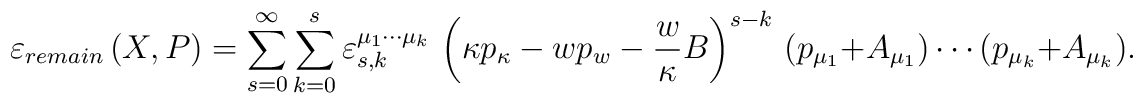
\varepsilon _{remain}\left( X,P\right) =\sum_{s=0}^{\infty }\sum_{k=0}^{s}\varepsilon _{s,k}^{\mu _{1}\cdots \mu _{k}}\,\left( \kappa p_{\kappa}-wp_{w}-\frac{w}{\kappa}B\right) ^{s-k}\,(p_{\mu _{1}}+A_{\mu _{1}})\cdots(p_{\mu _{k}}+A_{\mu _{k}}).